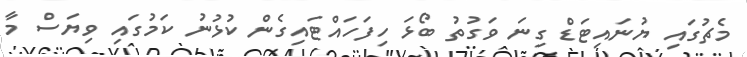
މެޗުގައި ޔުނައިޓަޑް ގިނަ ވަގުތު ބޯޅަ ހިފަހައްޓައިގެން ކުޅުނު ކަމުގައި ވިޔަސް މާ